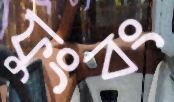
ফুংবং